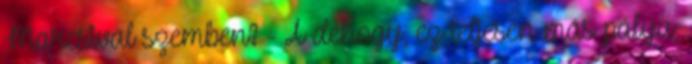
Marcsival szemben? - Á dehogy, ez teljesen más pálya,